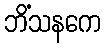
ဘိံသနကေ